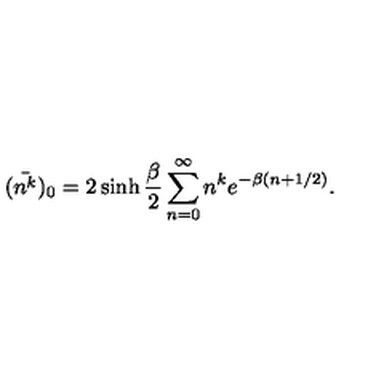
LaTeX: ( \bar { n ^ { k } } ) _ { 0 } = 2 \sinh \frac { \beta } { 2 } \sum _ { n = 0 } ^ { \infty } n ^ { k } e ^ { - \beta ( n + 1 / 2 ) } .